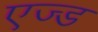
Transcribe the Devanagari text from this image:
एज्ड